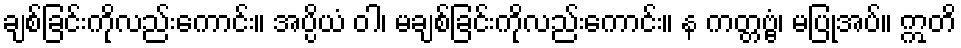
ချစ်ခြင်းကိုလည်းကောင်း။ အပ္ပိယံ ဝါ၊ မချစ်ခြင်းကိုလည်းကောင်း။ န ကတ္တဗ္ဗံ၊ မပြုအပ်။ ဣတိ